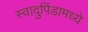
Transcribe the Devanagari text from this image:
स्वादुपिंडामध्ये